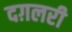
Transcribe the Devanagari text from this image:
दग़लरी